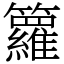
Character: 籮